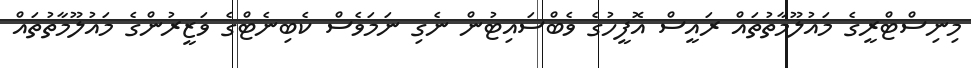
މިނިސްޓްރީގެ މައުލޫމާތުތައް ރައީސް އޮފީހުގެ ވެބްސައިޓުން ނެގި ނަމަވެސް ކެބިނެޓްގެ ވަޒީރުންގެ މައުލޫމާތުތައް